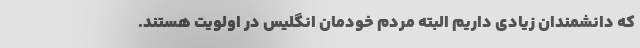
که دانشمندان زیادی داریم البته مردم خودمان انگلیس در اولویت هستند.